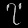
Digit: ၇